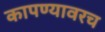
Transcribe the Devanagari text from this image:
कापण्यावरच